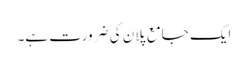
ایک جامع پلان کی ضرورت ہے۔